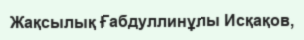
Жақсылық Ғабдуллинұлы Исқақов,